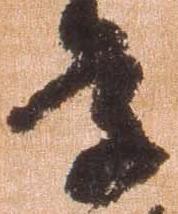
条